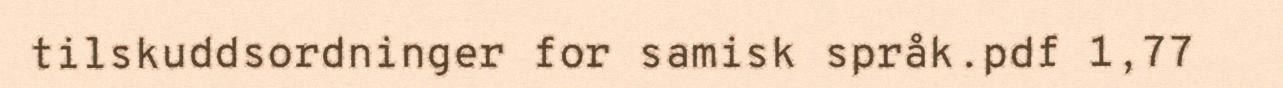
tilskuddsordninger for samisk språk.pdf 1,77